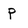
Character: P